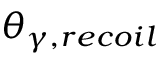
\theta _ { \gamma , r e c o i l }